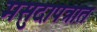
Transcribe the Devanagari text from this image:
मसुदापत्रात